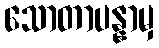
သောတာပန္နာမှ